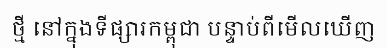
ថ្មី នៅក្នុងទីផ្សារកម្ពុជា បន្ទាប់ពីមើលឃើញ